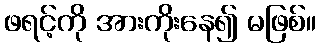
ဖရင့်ကို အားကိုးနေ၍ မဖြစ်။